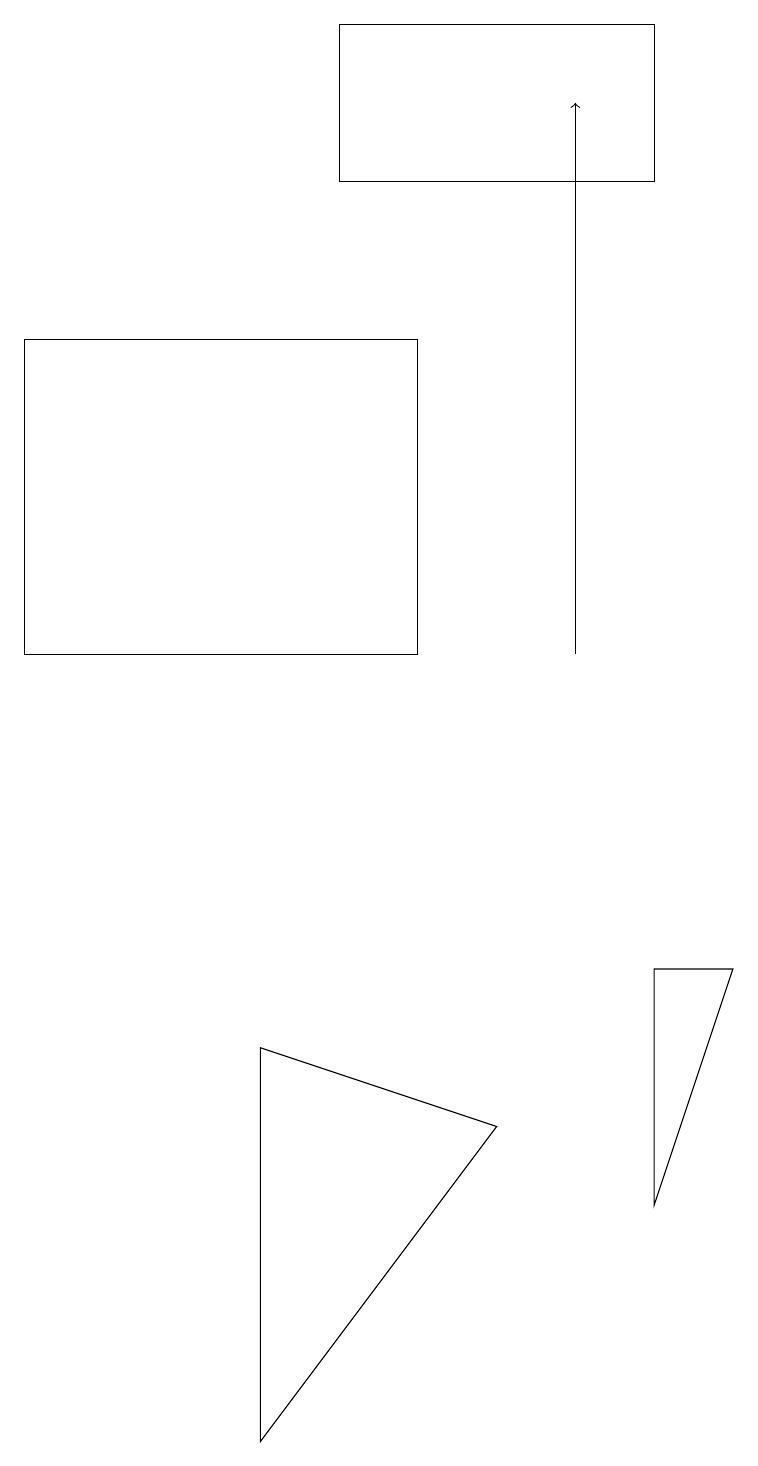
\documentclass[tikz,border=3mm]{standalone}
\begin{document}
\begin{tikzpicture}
\draw (4,19) rectangle (8,17);
\draw (3,1) -- (3,6) -- (6,5) -- cycle;
\draw (0,15) rectangle (5,11);
\draw (8,7) -- (9,7) -- (8,4) -- cycle;
\draw[->] (7,11) -- (7,18);
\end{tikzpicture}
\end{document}